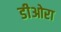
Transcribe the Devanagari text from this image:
डीओरा